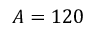
A = 1 2 0